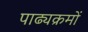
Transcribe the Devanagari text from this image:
पाढ्यक्रमों